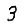
Digit: 3